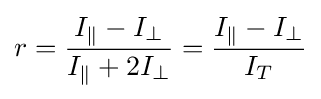
r={\frac {I_{\parallel }-I_{\perp }}{I_{\parallel }+2I_{\perp }}}={\frac {I_{\parallel }-I_{\perp }}{I_{T}}}